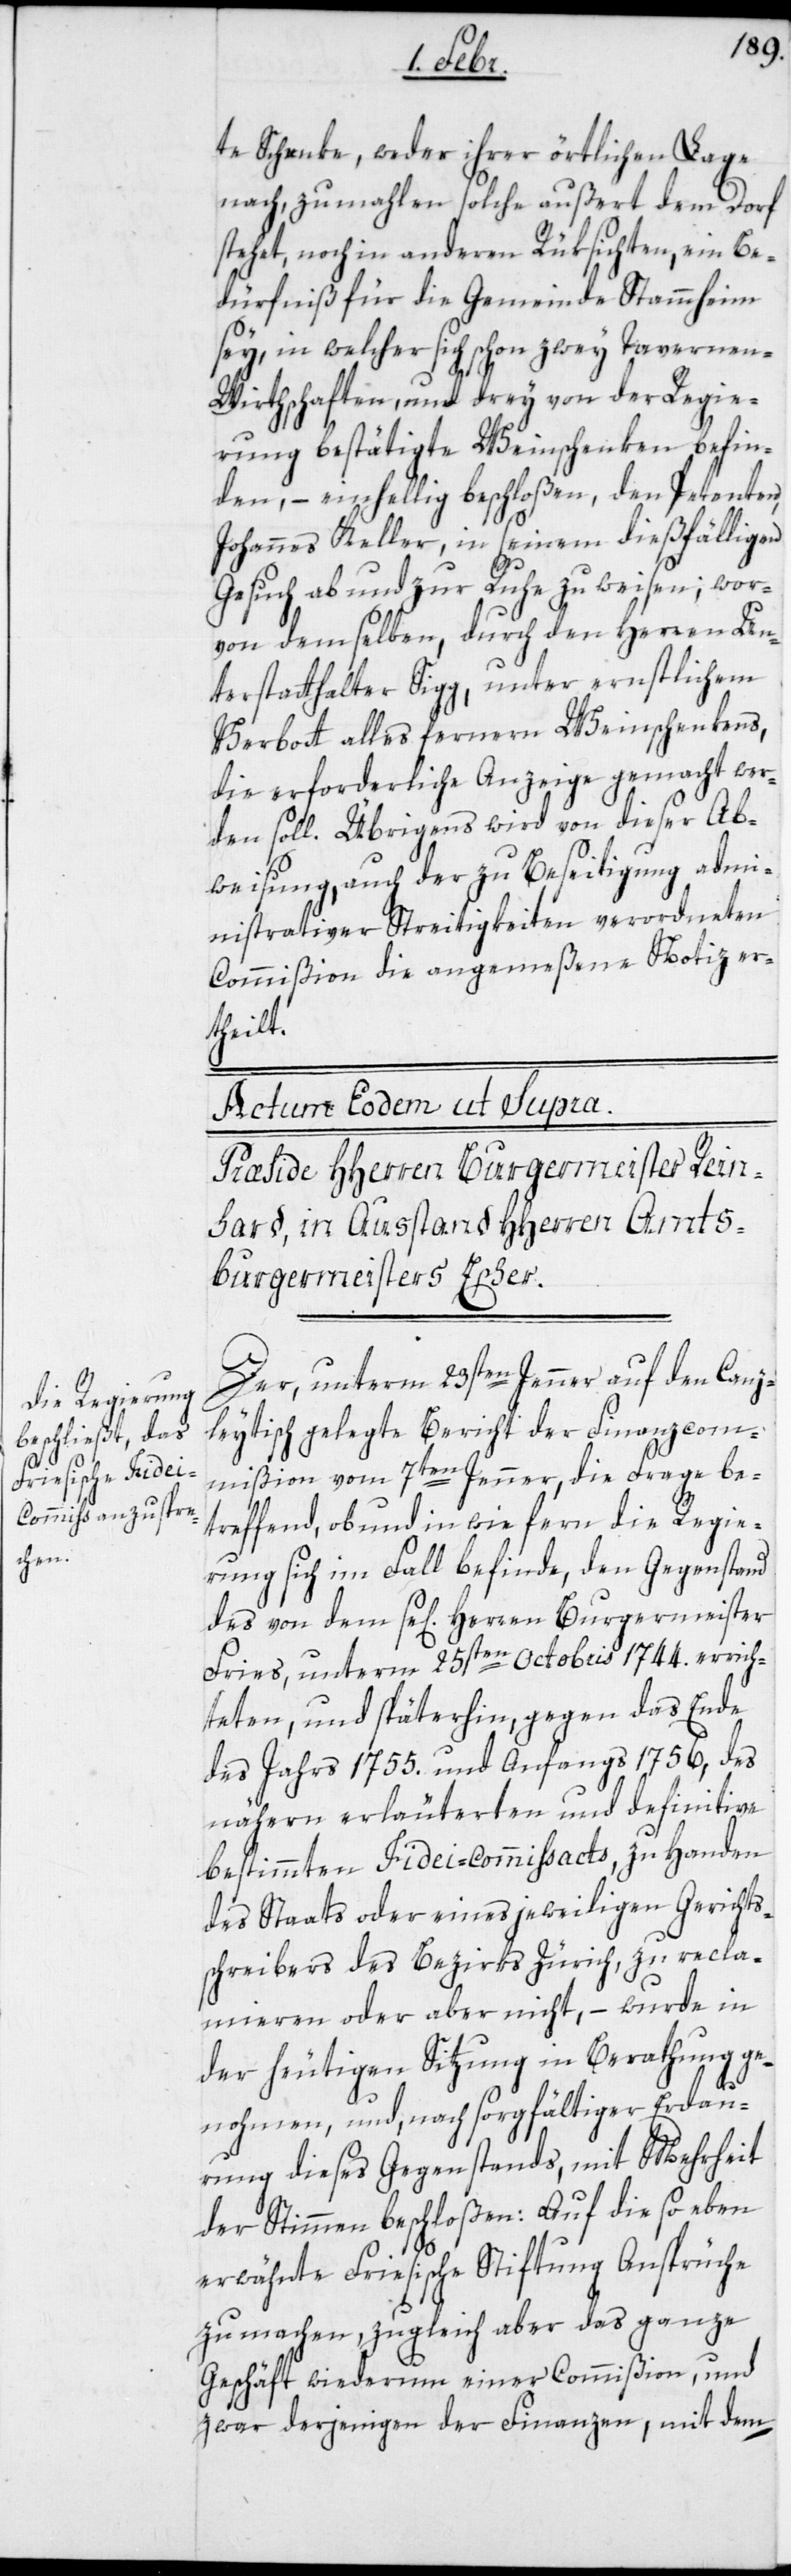
te Schenke, weder ihrer örtlichen Lage
nach, zumahlen solche außert dem Dorf
stehet, noch in andern Rüksichten, ein Be¬
dürfniß für die Gemeinde Stammheim
sey, in welcher sich schon zwey Tavernen-W¬
irthschaften, und drey von der Regie¬
rung bestätigte Weinschenken befin¬
den, – einhellig beschloßen, den Petenten,
Johannes Keller, in seinem dießfälligen
Gesuch ab und zur Ruhe zu weisen; wor¬
von demselben, durch den Herren Un¬
terstatthalter Sigg, unter ernstlichem
Verbott alles ferneren Weinschenkens,
die erforderliche Anzeige gemacht wer¬
den soll. Übrigens wird von dieser Ab¬
weisung, auch der zu Beseitigung admi¬
nistrativer Streitigkeiten verordneten
Commißion die angemeßene Notiz er¬
theilt.
se[ligen] Herren Burgermeister F¬
Der, unterm 23sten Jenner auf den Canz¬
leytisch gelegte Bericht der Finanzcom¬
mißion vom 7ten Jenner, die Frage be¬
treffend, ob und in wiefern die Regie¬
rung sich im Fall befinde, den Gegenstand
ries, unterm 25sten Octobris 1744. errich¬
teten, und späterhin, gegen das Ende
des Jahrs 1755. und Anfangs 1756, des
näheren erläuterten und definitive
bestimmten Fidei-Commissacts, zu Handen
des Staats oder eines jeweiligen Gerichts¬
schreibers des Bezirks Zürich, zu recla¬
mieren oder aber nicht, – wurde in
der heutigen Sitzung in Berathung ge¬
nohmen, und, nach sorgfältiger Erdau¬
rung dieses Gegenstands, mit Mehrheit
der Stimmen beschloßen: Auf die so eben
erwähnte Friesische Stiftung Ansprüche
zu machen, zugleich aber das ganze
Geschäft wiederum einer Commißion, und
zwar derjenigen der Finanzen, mit dem